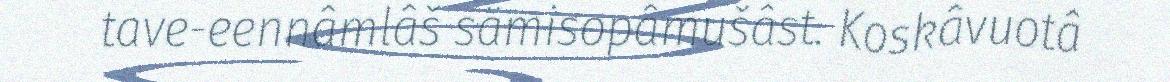
tave-eennâmlâš sämisopâmušâst. Koskâvuotâ